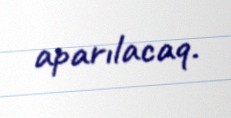
aparılacaq.